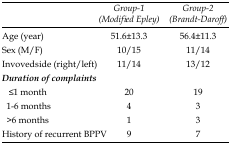
<table><thead><tr><td></td><td><b>Group-1 (Modified Epley)</b></td><td><b>Group-2 (Brandt-Daroff)</b></td></tr></thead><tbody><tr><td>Age (year)</td><td>51.6±13.3</td><td>56.4±11.3</td></tr><tr><td>Sex (M/F)</td><td>10/15</td><td>11/14</td></tr><tr><td>Invovedside (right/left)</td><td>11/14</td><td>13/12</td></tr><tr><td><b><i>Duration of complaints</i></b></td><td></td><td></td></tr><tr><td> ≤1</td><td>20</td><td>19</td></tr><tr><td> 1-6 months</td><td>4</td><td>3</td></tr><tr><td> &gt;6 months</td><td>1</td><td>3</td></tr><tr><td>History of recurrent BPPV</td><td>9</td><td>7</td></tr></tbody></table>